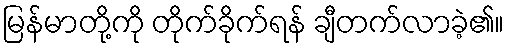
မြန်မာတို့ကို တိုက်ခိုက်ရန် ချီတက်လာခဲ့၏။